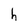
Character: h